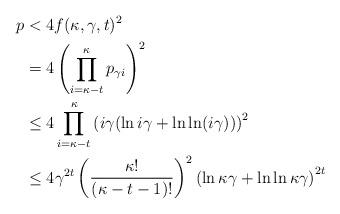
LaTeX: \begin{align*}p & < 4f(\kappa,\gamma, t)^2 \\& = 4 \left( \prod_{i=\kappa-t}^{\kappa} p_{\gamma i} \right)^2 \\& \leq 4 \prod_{i = \kappa-t}^\kappa \left( i\gamma (\ln{i\gamma} + \ln\ln(i\gamma)) \right)^2 \\& \leq 4 \gamma^{2t} \left( \frac{\kappa!}{(\kappa-t-1)!}\right)^2 \left( \ln \kappa\gamma + \ln\ln \kappa\gamma \right)^{2t}\end{align*}